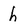
Character: h